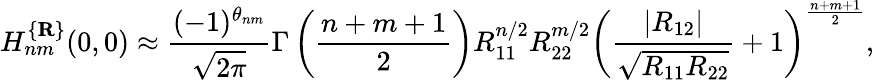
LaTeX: H_{nm}^{\{ {\mathbf R}\} }(0,0)\approx\frac{(-1)^{\theta_{nm}}}{\sqrt{2\pi}}\Gamma\left(\frac{n+m+1}2\right)R_{11}^{n/2}R_{22}^{m/2}\left(\frac{|R_{12}|}{\sqrt{R_{11}R_{22}}}+1\right)^{\frac{n+m+1}2},